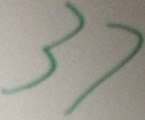
3 7